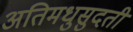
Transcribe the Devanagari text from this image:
अतिमधुसुदती